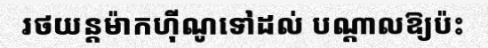
រថយន្តម៉ាកហ៊ីណូទៅដល់ បណ្តាលឱ្យប៉ះ